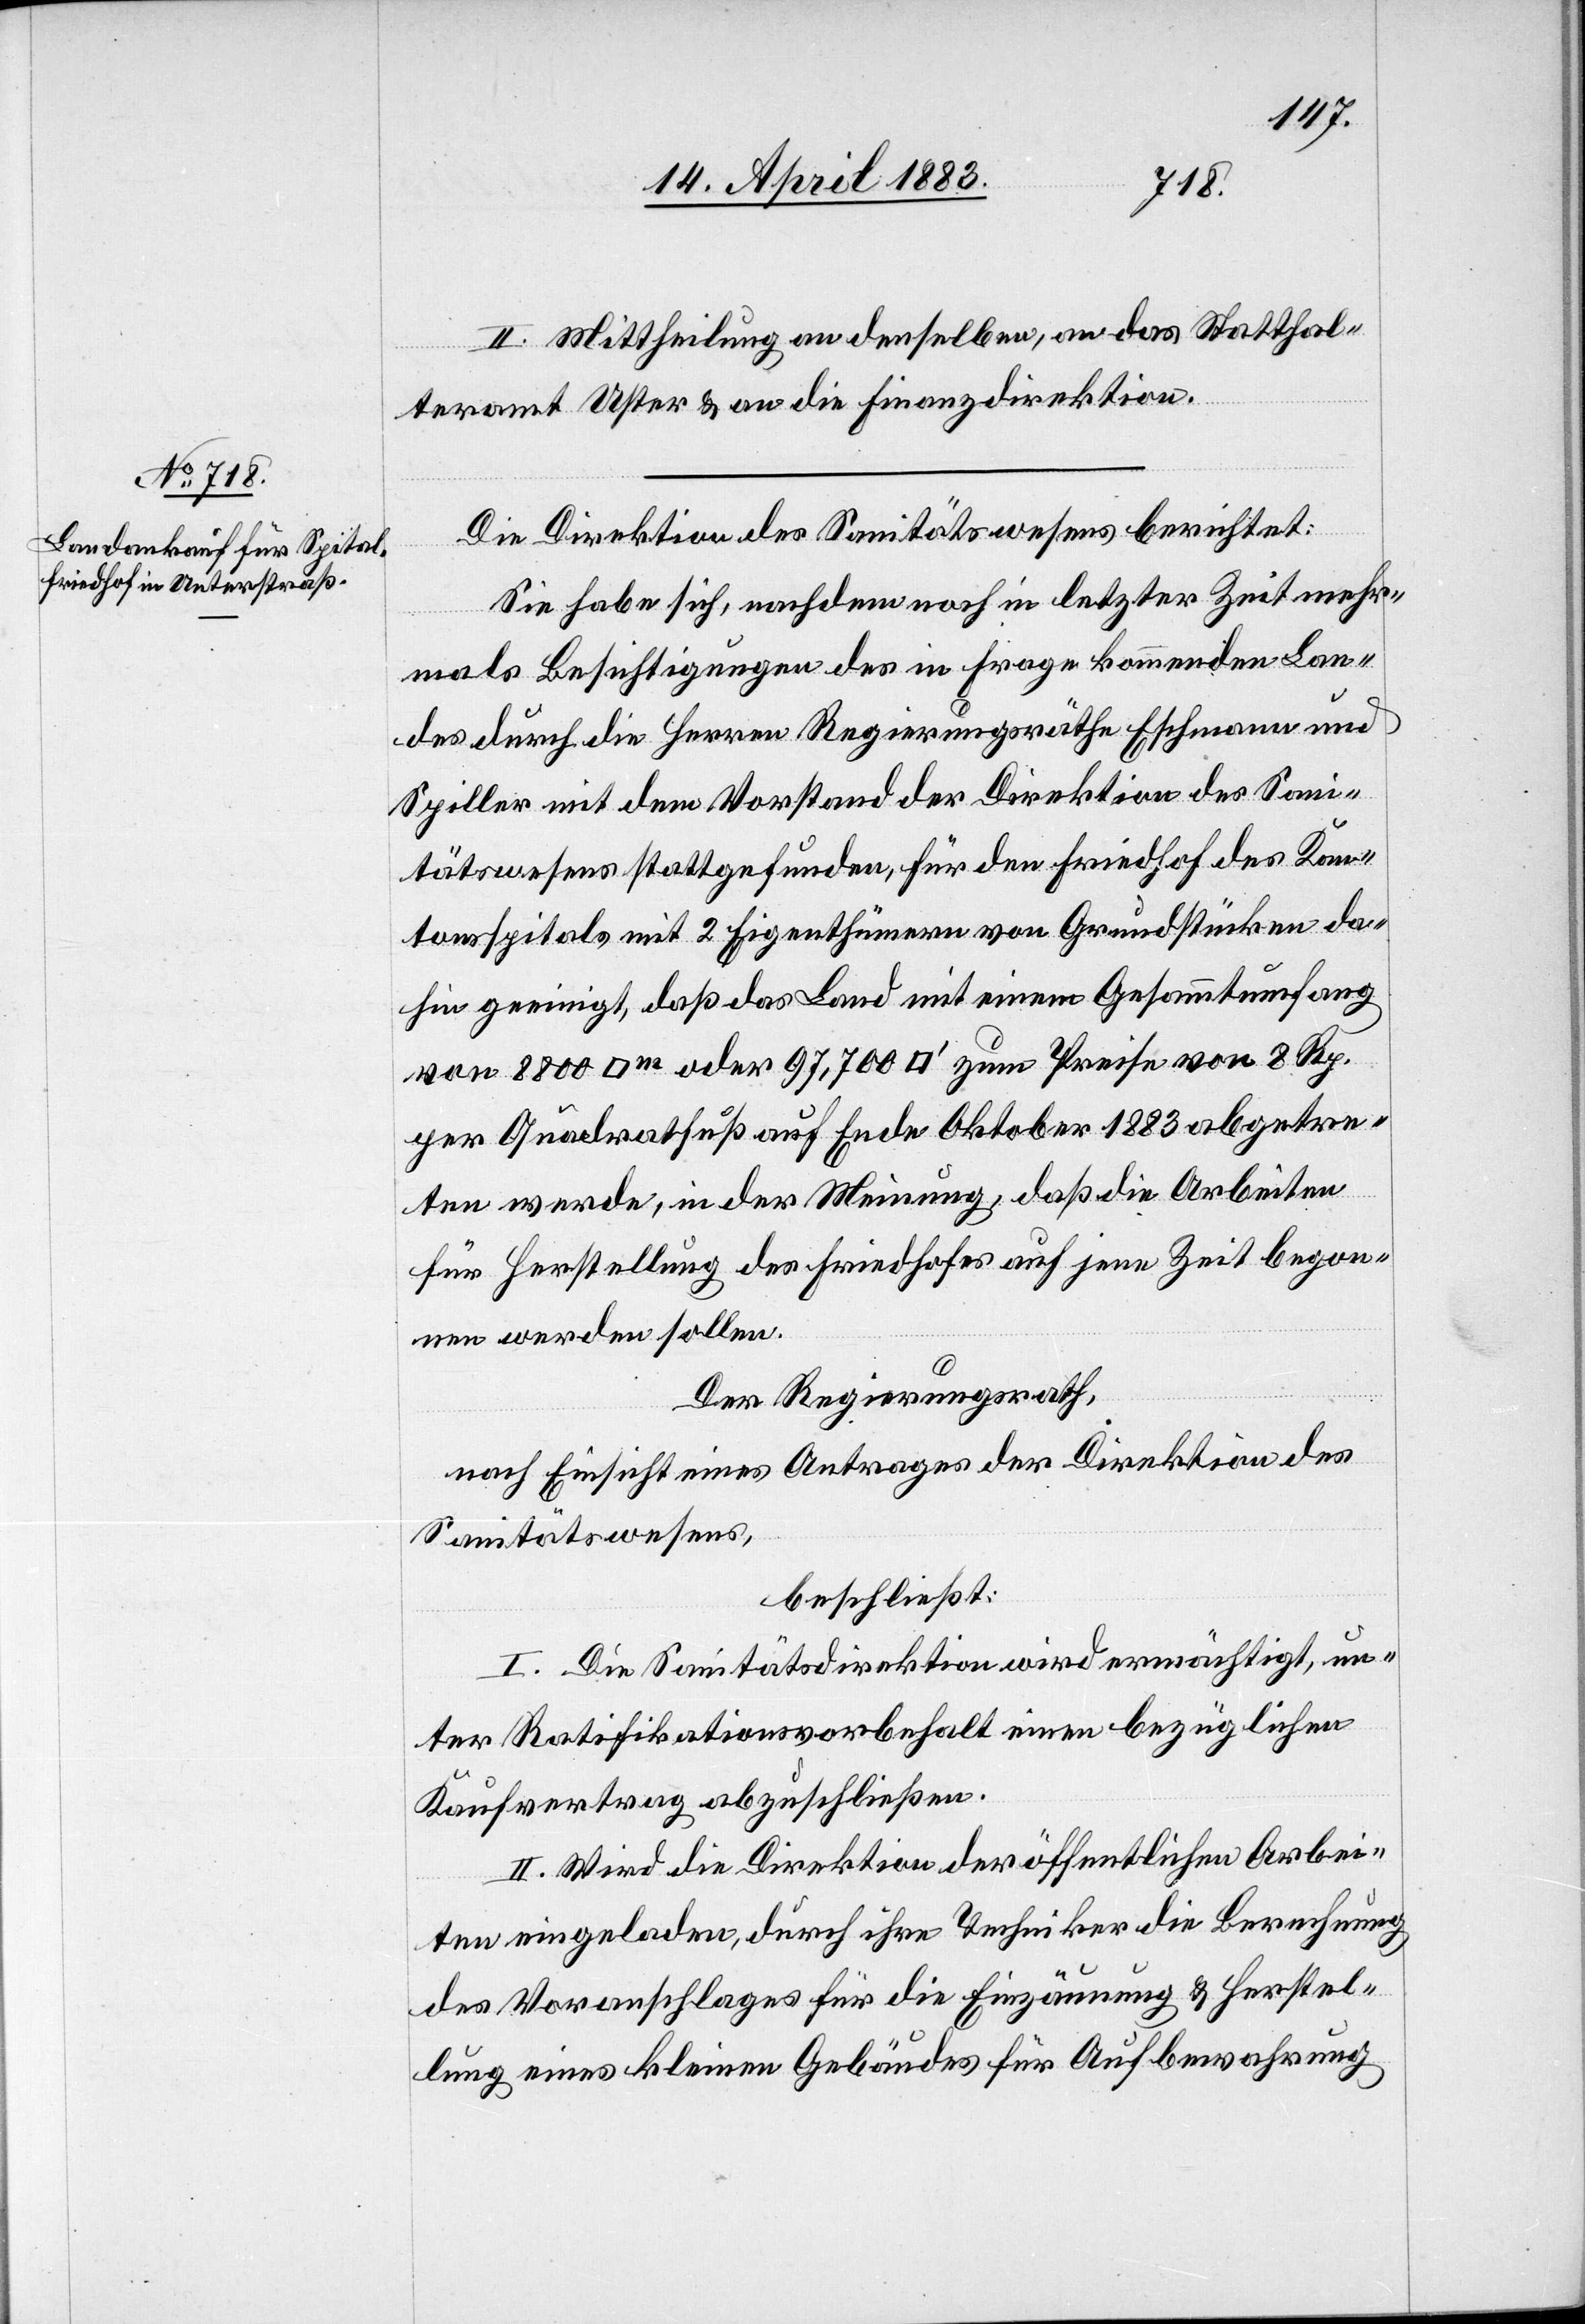
II. Mittheilung an denselben, an das Statthal¬
teramt Uster & an die Finanzdirektion.
Die Direktion des Sanitätswesens berichtet:
Sie habe sich, nachdem noch in letzter Zeit mehr¬
mals Besichtigungen des in Frage kommenden Lan¬
des durch die Herren Regierungsräthe Eschmann und
Spiller mit dem Vorstand der Direktion des Sani¬
tätswesens stattgefunden, für den Friedhof des Kan¬
tonsspitals mit 2 Eigenthümern von Grundstücken da¬
hin geeinigt, daß das Land mit einem Gesammtumfang
per Quadratfuß auf Ende Oktober 1883 abgetre¬
ten werde, in der Meinung, daß die Arbeiten
für Herstellung des Friedhofes auf jene Zeit begon¬
nen werden sollen.
Der Regierungsrath,
nach Einsicht eines Antrages der Direktion des
Sanitätswesens,
beschließt:
I. Die Sanitätsdirektion wird ermächtigt, un¬
ter Ratifikationsvorbehalt einen bezüglichen
Kaufvertrag abzuschließen.
II. Wird die Direktion der öffentlichen Arbei¬
ten eingeladen, durch ihre Techniker die Berechnung
des Voranschlages für die Einzäunung & Herstel¬
lung eines kleinen Gebäudes für Aufbewahrung